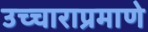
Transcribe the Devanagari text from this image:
उच्चाराप्रमाणे